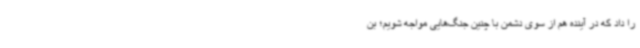
را داد که در آینده هم از سوی دشمن با چنین جنگ‌هایی مواجه شویم؛ بن